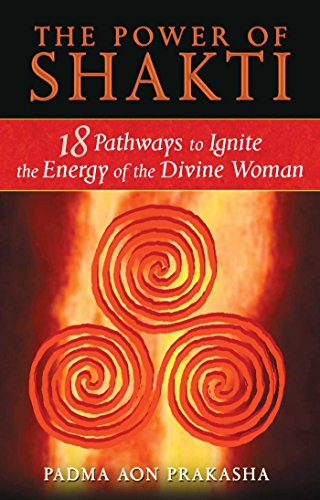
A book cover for The Power of Shakti: 18 Pathways to Ignite the Energy of the Divine Woman; Padma Aon Prakasha; Religion & Spirituality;